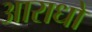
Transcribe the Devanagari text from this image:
आराधो